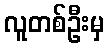
လူတစ်ဦးမှ